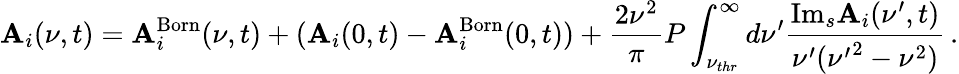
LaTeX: \mathbf{A}_{i}(\nu,t)=\mathbf{A}_{i}^{\mathrm{{Born}}}(\nu,t)+(\mathbf{A}_{i}(0,t)-\mathbf{A}_{i}^{\mathrm{{Born}}}(0,t))+{\frac{{2\nu^{2}}}{{\pi}}}P\int_{\nu_{thr}}^{\infty}d\nu^{\prime}{\frac{{\mathrm{{Im}}_{s}\mathbf{A}_{i}(\nu^{\prime},t)}}{{\nu^{\prime}({\nu^{\prime}}^{2}-\nu^{2})}}}\, .